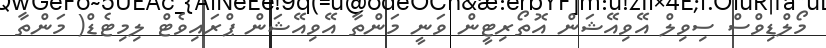
މޯލްޑިވްސް ސިވިލް އޭވިއޭޝަން އޮތޯރިޓީން ވަނީ މަންތާ އޭވިއޭޝަން ޕްރައިވެޓް ލިމިޓެޑް( މަންތާ